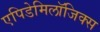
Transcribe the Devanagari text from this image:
एपिडेमिलॉजिक्स